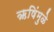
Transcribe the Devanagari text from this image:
ऋषिंमुळे